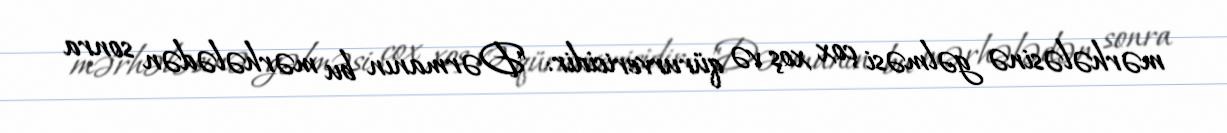
mərhələsinə gəlməsi çox xoş və qürurvericidir: "Dərmanın bu mərhələdən sonra